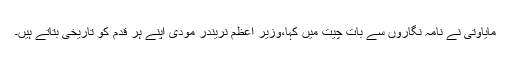
مایاوتی نے نامہ نگاروں سے بات چیت میں کہا،وزیر اعظم نریندر مودی اپنے ہر قدم کو تاریخی بتاتے ہیں۔